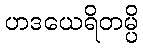
ဟဒယေရိတမ္ပိ